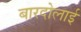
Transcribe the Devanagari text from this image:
बारदोलाई